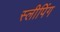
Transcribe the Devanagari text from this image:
स्‍लीपिंग